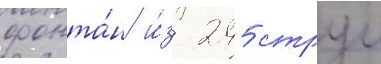
фонта́н и́з 245 струи